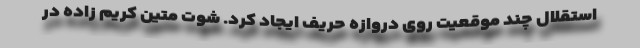
استقلال چند موقعیت روی دروازه حریف ایجاد کرد. شوت متین کریم زاده در